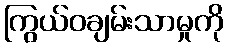
ကြွယ်ဝချမ်းသာမှုကို